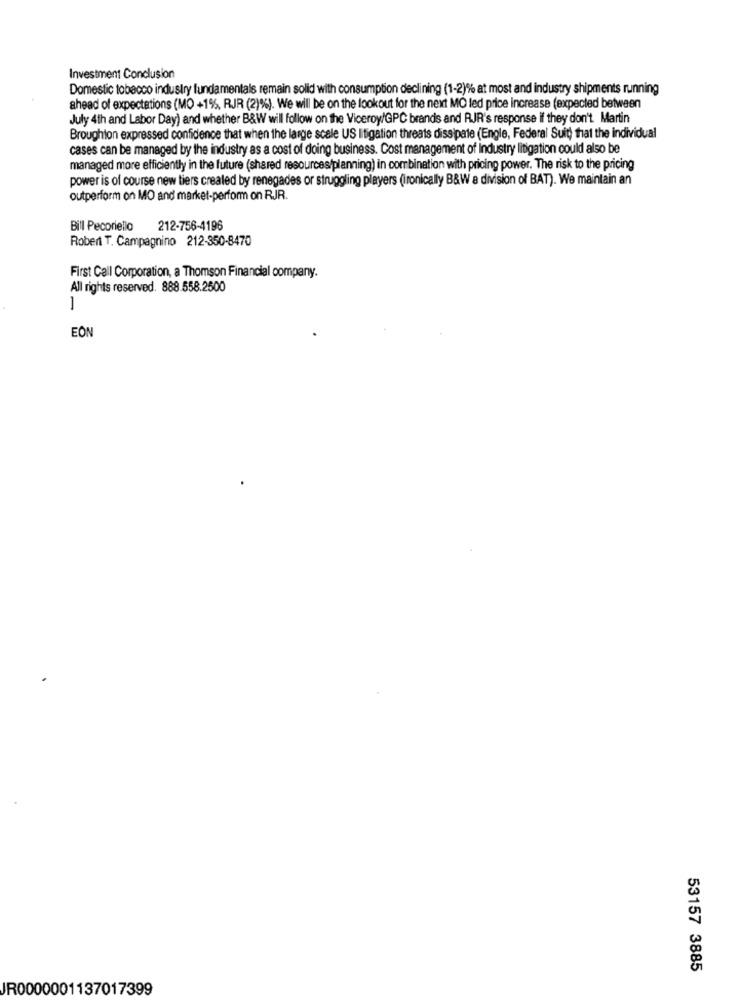
Investment Conclusion
Domestic tobacco industry fundamentals remain solid with consumption declining (1-2)% at most and industry shipments running
ahead of expectations (MO +1%, RJR (2)%). We will be on the lookout for the next MO led price increase (expected between
July 4th and Labor Day) and whether B&W will follow on the Viceroy/GPC brands and RJR's response if they don't Martin
Broughton expressed confidence that when the large scale US litigation threats dissipate (Engle, Federal Suit) that the individual
cases can be managed by the industry as a cost of doing business. Cost management of industry litigation could also be
managed more efficiently in the future (shared resources/planning) in combination with pricing power. The risk to the pricing
power is of course new tiers created by renegades or struggling players (ironically B&W a division of BAT). We maintain an
outperform on MO and market-perform on RJR.
Bill Pecoriello 212-756-4196
Robert T. Campagnino 212-350-8470
First Call Corporation, a Thomson Financial company.
All rights reserved. 888.558.2500
-
EON
53157 3885
JR0000001137017399